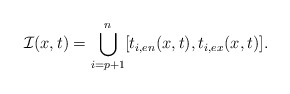
\begin{align*} \mathcal{I}(x,t)=\bigcup_{i=p+1}^{n}[t_{i,en}(x,t),t_{i,ex}(x,t)].\end{align*}